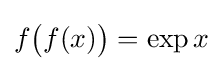
f{\bigl (}f(x){\bigr )}=\exp x